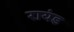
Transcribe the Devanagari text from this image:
रायंड